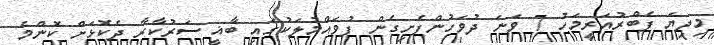
މިދިޔަ ފެބްރުއަރީމަހު 7 ވަނަ ދުވަހުންފެށިގެން ފުވައްމުލަކުގައި ބާޣީ ސަރުކާރާ ދެކޮޅަށް ކޮންމެ